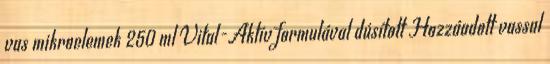
vas mikroelemek 250 ml Vital-Aktív formulával dúsított Hozzáadott vassal